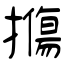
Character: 摥